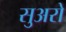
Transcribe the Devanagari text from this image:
सुअरो